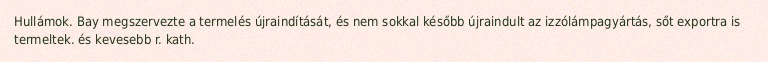
Hullámok. Bay megszervezte a termelés újraindítását, és nem sokkal később újraindult az izzólámpagyártás, sőt exportra is termeltek. és kevesebb r. kath.